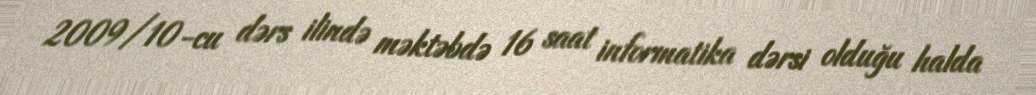
2009/10-cu dərs ilində məktəbdə 16 saat informatika dərsi olduğu halda